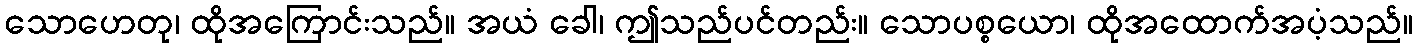
သောဟေတု၊ ထိုအကြောင်းသည်။ အယံ ခေါ၊ ဤသည်ပင်တည်း။ သောပစ္စယော၊ ထိုအထောက်အပံ့သည်။